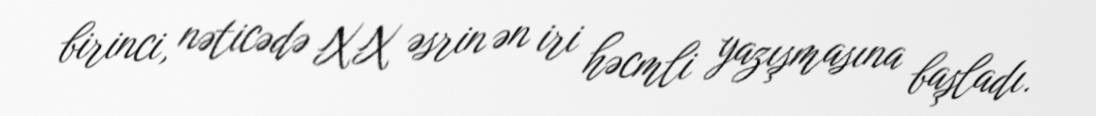
birinci, nəticədə XX əsrin ən iri həcmli yazışmasına başladı.